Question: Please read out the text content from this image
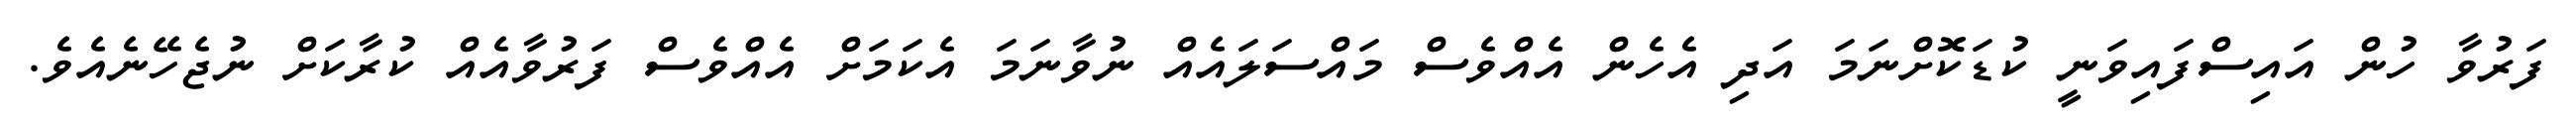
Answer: ފަރުވާ ހުން އައިސްފައިވަނީ ކުޑަކޮށްނަމަ އަދި އެހެން އެއްވެސް މައްސަލައެއް ނުވާނަމަ އެކަމަށް އެއްވެސް ފަރުވާއެއް ކުރާކަށް ނުޖެހޭނެއެވެ.